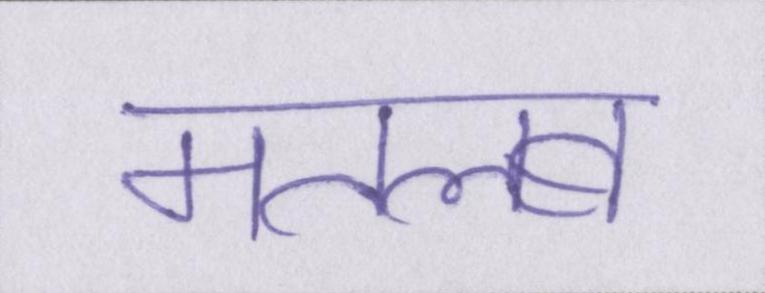
मतलब